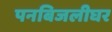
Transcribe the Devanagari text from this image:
पनबिजलीघर